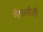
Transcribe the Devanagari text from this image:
मेंगलोरी